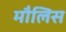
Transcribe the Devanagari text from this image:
मौलिस